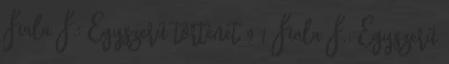
Fiala F.: Egyszerű történet 9 1 Fiala F.: Egyszerű